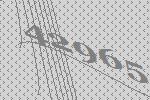
42965